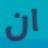
ان